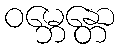
ဝမ္ဘေန္တော